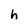
Character: h